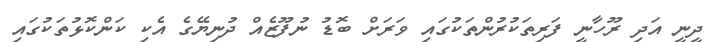
ދީނީ އަދި ރޫހާނީ ފަރިތަކުރުންތަކުގައި ވަރަށް ބޮޑު ނުފޫޒެއް ދުނިޔޭގެ އެކި ކަންކޮޅުތަކުގައި